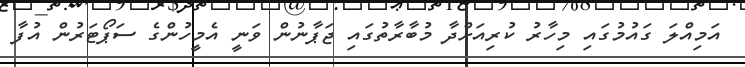
އަމިއްލަ ގައުމުގައި މިހާރު ކުރިއަށްދާ މުބާރާތުގައި ޖަޕާނުން ވަނީ އެމީހުންގެ ސަޕޯޓަރުން އުފާ